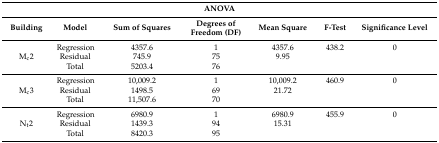
<table><thead><tr><td colspan="7"><b>ANOVA</b></td></tr><tr><td><b>Building</b></td><td><b>Model</b></td><td><b>Sum of Squares</b></td><td><b>Degrees of Freedom (DF)</b></td><td><b>Mean Square</b></td><td><b>F-Test</b></td><td><b>Significance Level</b></td></tr></thead><tbody><tr><td rowspan="3">M<sub>c</sub>2</td><td>Regression</td><td>4357.6</td><td>1</td><td>4357.6</td><td>438.2</td><td>0</td></tr><tr><td>Residual</td><td>745.9</td><td>75</td><td>9.95</td><td></td><td></td></tr><tr><td>Total</td><td>5203.4</td><td>76</td><td></td><td></td><td></td></tr><tr><td rowspan="3">M<sub>c</sub>3</td><td>Regression</td><td>10,009.2</td><td>1</td><td>10,009.2</td><td>460.9</td><td>0</td></tr><tr><td>Residual</td><td>1498.5</td><td>69</td><td>21.72</td><td></td><td></td></tr><tr><td>Total</td><td>11,507.6</td><td>70</td><td></td><td></td><td></td></tr><tr><td rowspan="3">N<sub>t</sub>2</td><td>Regression</td><td>6980.9</td><td>1</td><td>6980.9</td><td>455.9</td><td>0</td></tr><tr><td>Residual</td><td>1439.3</td><td>94</td><td>15.31</td><td></td><td></td></tr><tr><td>Total</td><td>8420.3</td><td>95</td><td></td><td></td><td></td></tr></tbody></table>